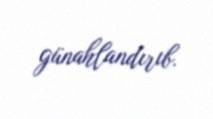
günahlandırıb.